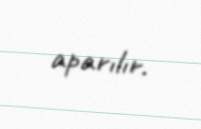
aparılır.